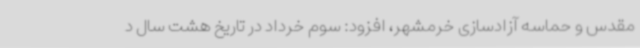
مقدس و حماسه آزادسازی خرمشهر، افزود: سوم خرداد در تاریخ هشت سال د